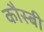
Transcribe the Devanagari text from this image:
कौस्बी